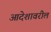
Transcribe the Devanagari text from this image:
आदेशावरील